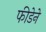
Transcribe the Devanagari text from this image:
फीडेने